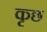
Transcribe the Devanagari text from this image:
कृछ